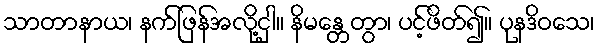
သာတာနာယ၊ နက်ဖြန်အလို့ငှါ။ နိမန္တေတွာ၊ ပင့်ဖိတ်၍။ ပုနဒိဝသေ၊